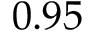
0 . 9 5